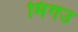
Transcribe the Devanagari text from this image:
मिंगउ